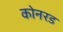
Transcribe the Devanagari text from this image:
कोनरड